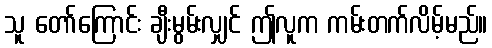
သူ တော်ကြောင်း ချီးမွမ်းလျှင် ဤလူက ကမ်းတက်လိမ့်မည်။